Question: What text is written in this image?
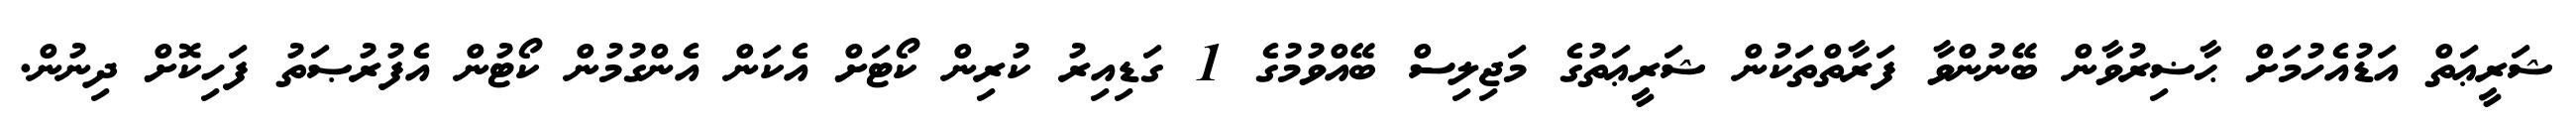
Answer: ޝަރީޢަތް އަޑުއެހުމަށް ޙާޟިރުވާން ބޭނުންވާ ފަރާތްތަކުން ޝަރީޢަތުގެ މަޖިލިސް ބޭއްވުމުގެ 1 ގަޑިއިރު ކުރިން ކޯޓަށް އެކަން އެންގުމުން ކޯޓުން އެފުރުޞަތު ފަހިކޮށް ދިނުން.